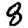
Digit: 8